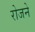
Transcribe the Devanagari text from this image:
रोजने